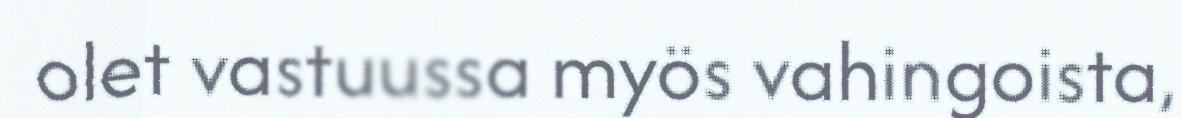
olet vastuussa myös vahingoista,